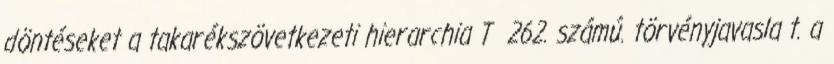
döntéseket a takarékszövetkezeti hierarchia T 262. számú. törvényjavasla t. a